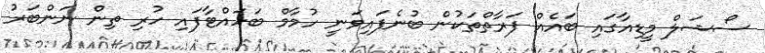
ސޯޝަލް މީޑިއާގައި ބައެއް ފަރާތްތަކުން ބުނެފައިވަނީ ހުމާމް ބަހައްޓާފައި ހުރި ތިން ނަންބަރު